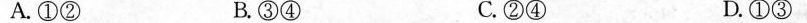
A.①② B.③④ C.②④ D.①③